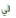
لي